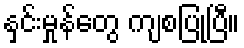
နှင်းမှုန်တွေ ကျစပြုပြီ။